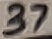
Text: 37